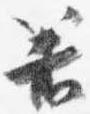
箸